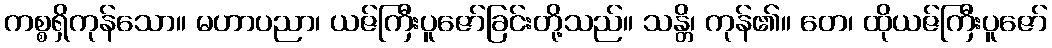
ကစ္စရှိကုန်သော။ မဟာပညာ၊ ယဇ်ကြီးပူဇော်ခြင်းတို့သည်။ သန္တိ၊ ကုန်၏။ တေ၊ ထိုယဇ်ကြီးပူဇော်